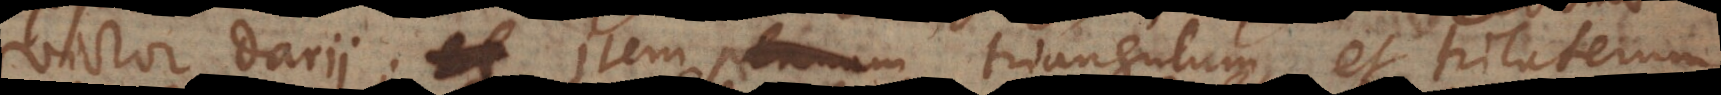
victor Darii; item planum triangulum, et trilaterum,